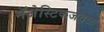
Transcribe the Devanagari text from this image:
मॅजेस्टिकजवळ